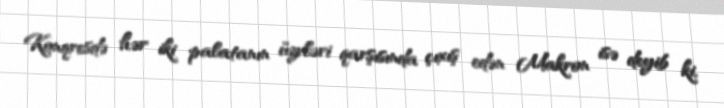
Konqresdə hər iki palatanın üzvləri qarşısında çıxış edən Makron isə deyib ki,